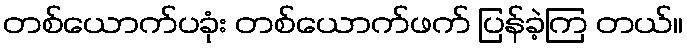
တစ်ယောက်ပခုံး တစ်ယောက်ဖက် ပြန်ခဲ့ကြ တယ်။